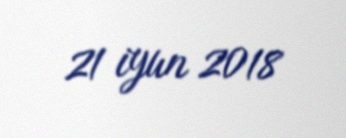
21 iyun 2018